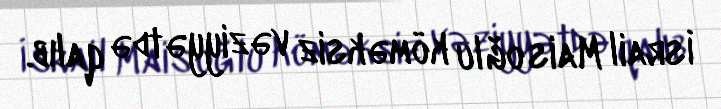
İsrail Mais oğlu köməksiz vəziyyətdə qalıb.